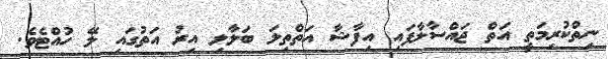
ނިތްކުރިމަތީ އަތް ޖައްސާލާފައި އިފާޝާ އަތްތިލަ ބަލާލި އިރު އަތުގައި ލޭ ހުއްޓެވެ.